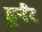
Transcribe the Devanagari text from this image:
हुनैर